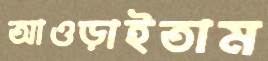
আওড়াইতাম